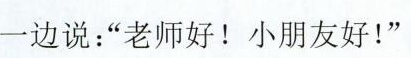
一边说：”老师好！小朋友好！”